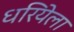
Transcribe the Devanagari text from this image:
धरियेला